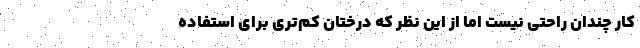
کار چندان راحتی نیست اما از این نظر که درختان کم‌تری برای استفاده